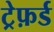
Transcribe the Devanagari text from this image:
ट्रेफ़र्ड